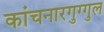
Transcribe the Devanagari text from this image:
कांचनारगुग्गुल